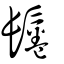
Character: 鬈